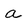
Character: a